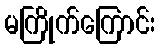
မကြိုက်ကြောင်း